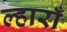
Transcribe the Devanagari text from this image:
ल्हाराँ